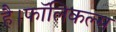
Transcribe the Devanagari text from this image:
है।फॉलिकल्स